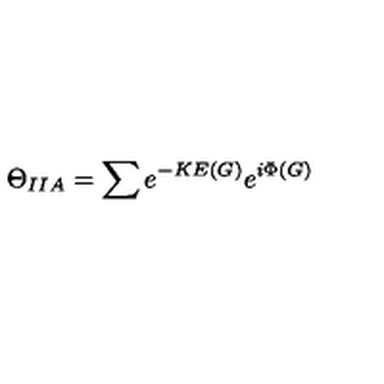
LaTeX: \Theta _ { I I A } = \sum e ^ { - K E ( G ) } e ^ { i \Phi ( G ) }